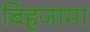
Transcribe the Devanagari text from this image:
बिहजामा